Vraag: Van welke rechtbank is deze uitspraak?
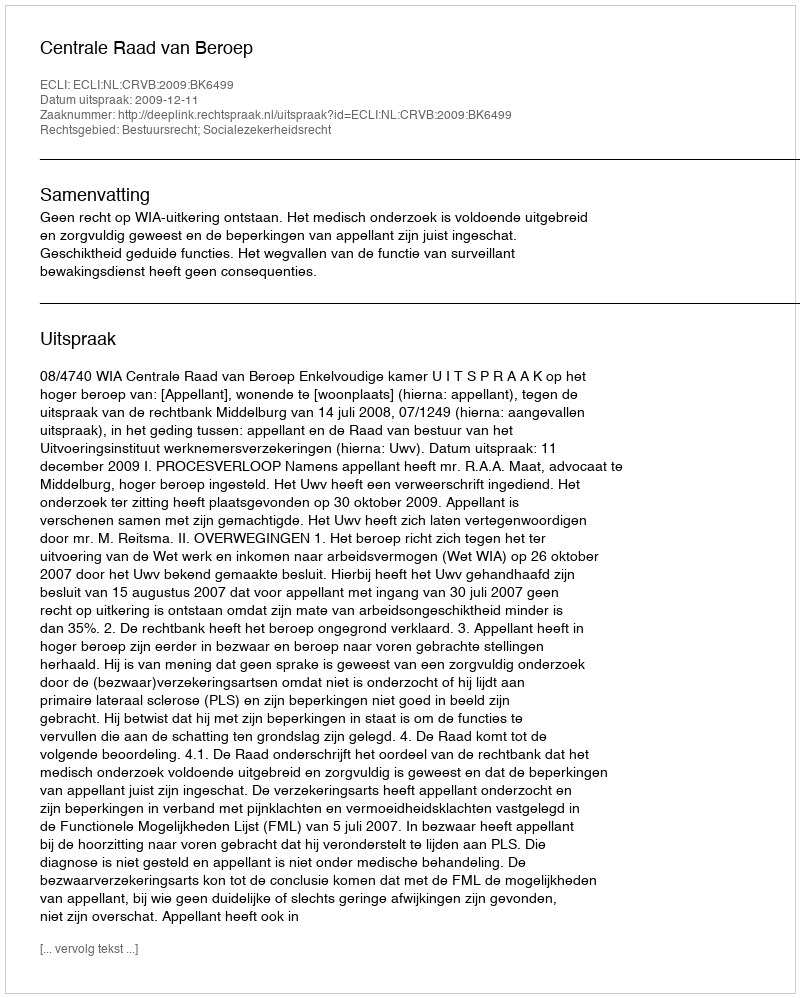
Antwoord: Centrale Raad van Beroep